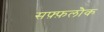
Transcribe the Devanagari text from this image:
सफ़्फ़लौक